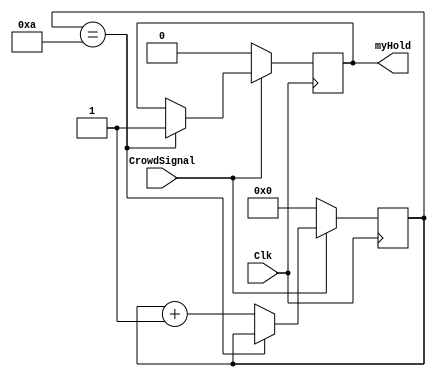
module Cr(myHold, CrowdSignal, Clk);
	output myHold;
	reg myHold;
	
	input CrowdSignal;
	input Clk;	
	
	reg [3:0] num;
	
	initial
		begin
			myHold = 0;
			num = 4'b0000;
		end
	
	
	always @(posedge Clk)
		if(CrowdSignal == 1)
			begin
				if(num == 4'b1010)	myHold = 1;
				else num = num + 4'b0001;
			end
		else
			begin
				num = 4'b0000;
				myHold = 0;
			end
endmodule

module CrTest;
  wire hold;
  
  reg crsig;
  
  reg clock;
  
  
  Cr c(hold, crsig, clock);
  
  initial begin
      clock = 1;
      crsig = 0;
	  
	  #1000 crsig = 1;
	  #1000 crsig = 0;
	  #12000 crsig = 1;
	  #1000 crsig = 0;
	  
    end
	
	always
		begin
		#1000 clock = ~clock;
		end
endmodule